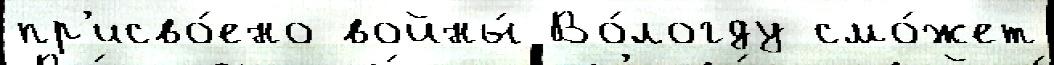
пр'исво́ено войны́ Во́логду смо́жет